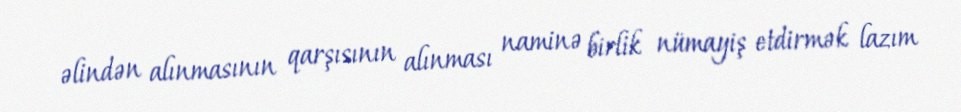
əlindən alınmasının qarşısının alınması naminə birlik nümayiş etdirmək lazım